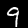
Label: 9